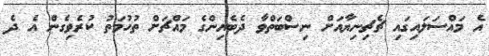
އެ މައްސަލައިގައި ޗެޗިނިޔާއަށް ނިސްބަތްވާ ދެބެއިންގެ މައްޗަށް ތުހުމަތު ކުރެވިގެން އެ ދެ